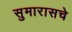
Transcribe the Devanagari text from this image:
सुमारासचे